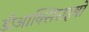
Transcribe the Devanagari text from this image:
डीआक्सिराइबो